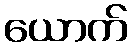
ယောက်